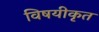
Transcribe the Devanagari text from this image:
विषयीकृत